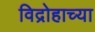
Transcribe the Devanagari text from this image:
विद्रोहाच्या